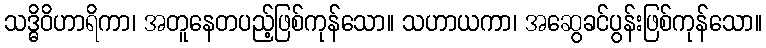
သဒ္ဓိဝိဟာရိကာ၊ အတူနေတပည့်ဖြစ်ကုန်သော။ သဟာယကာ၊ အဆွေခင်ပွန်းဖြစ်ကုန်သော။